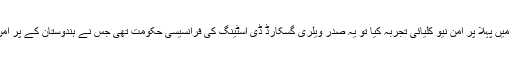
1974 میں جب ہندوستان نے راجستھان کے پوکھرن میں پہلا پر امن نیو کلیائی تجربہ کیا تو یہ صدر ویلری گسکارڈ ڈی اسٹینگ کی فرانسیسی حکومت تھی جس نے ہندوستان کے پر امن نیو کلیائی تجربے کے فیصلے کی حمایت کی تھی ۔